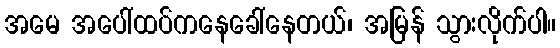
အမေ အပေါ်ထပ်ကနေခေါ်နေတယ်၊ အမြန် သွားလိုက်ပါ။